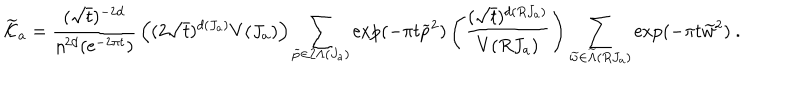
LaTeX: { \widetilde { \cal K } } _ { a } = { \frac { ( \sqrt { t } ) ^ { - 2 d } } { \eta ^ { 2 d } ( { \mathrm { e } } ^ { - 2 \pi t } ) } } \left( ( 2 \sqrt { t } ) ^ { d ( J _ { a } ) } V ( J _ { a } ) \right) \sum _ { { \widetilde p } \in 2 \Lambda ( J _ { a } ) } \exp ( - \pi t { \widetilde p } ^ { 2 } ) \left( { \frac { ( \sqrt { t } ) ^ { d ( R J _ { a } ) } } { V ( R J _ { a } ) } } \right) \sum _ { { \widetilde w } \in { \widetilde \Lambda } ( R J _ { a } ) } \exp ( - \pi t { \widetilde w } ^ { 2 } ) ~ .